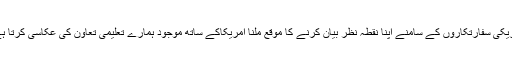
امریکی سفارتکاروں کے سامنے اپنا نقطہ نظر بیان کرنے کا موقع ملنا امریکاکے ساتھ موجود ہمارے تعلیمی تعاون کی عکاسی کرتا ہے۔